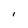
Character: l